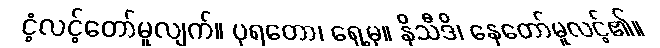
ငံ့လင့်တော်မူလျက်။ ပုရတော၊ ရှေ့မှ။ နိသီဒိ၊ နေတော်မူလင့်၏။